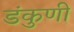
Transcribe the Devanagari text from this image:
डंकुणी